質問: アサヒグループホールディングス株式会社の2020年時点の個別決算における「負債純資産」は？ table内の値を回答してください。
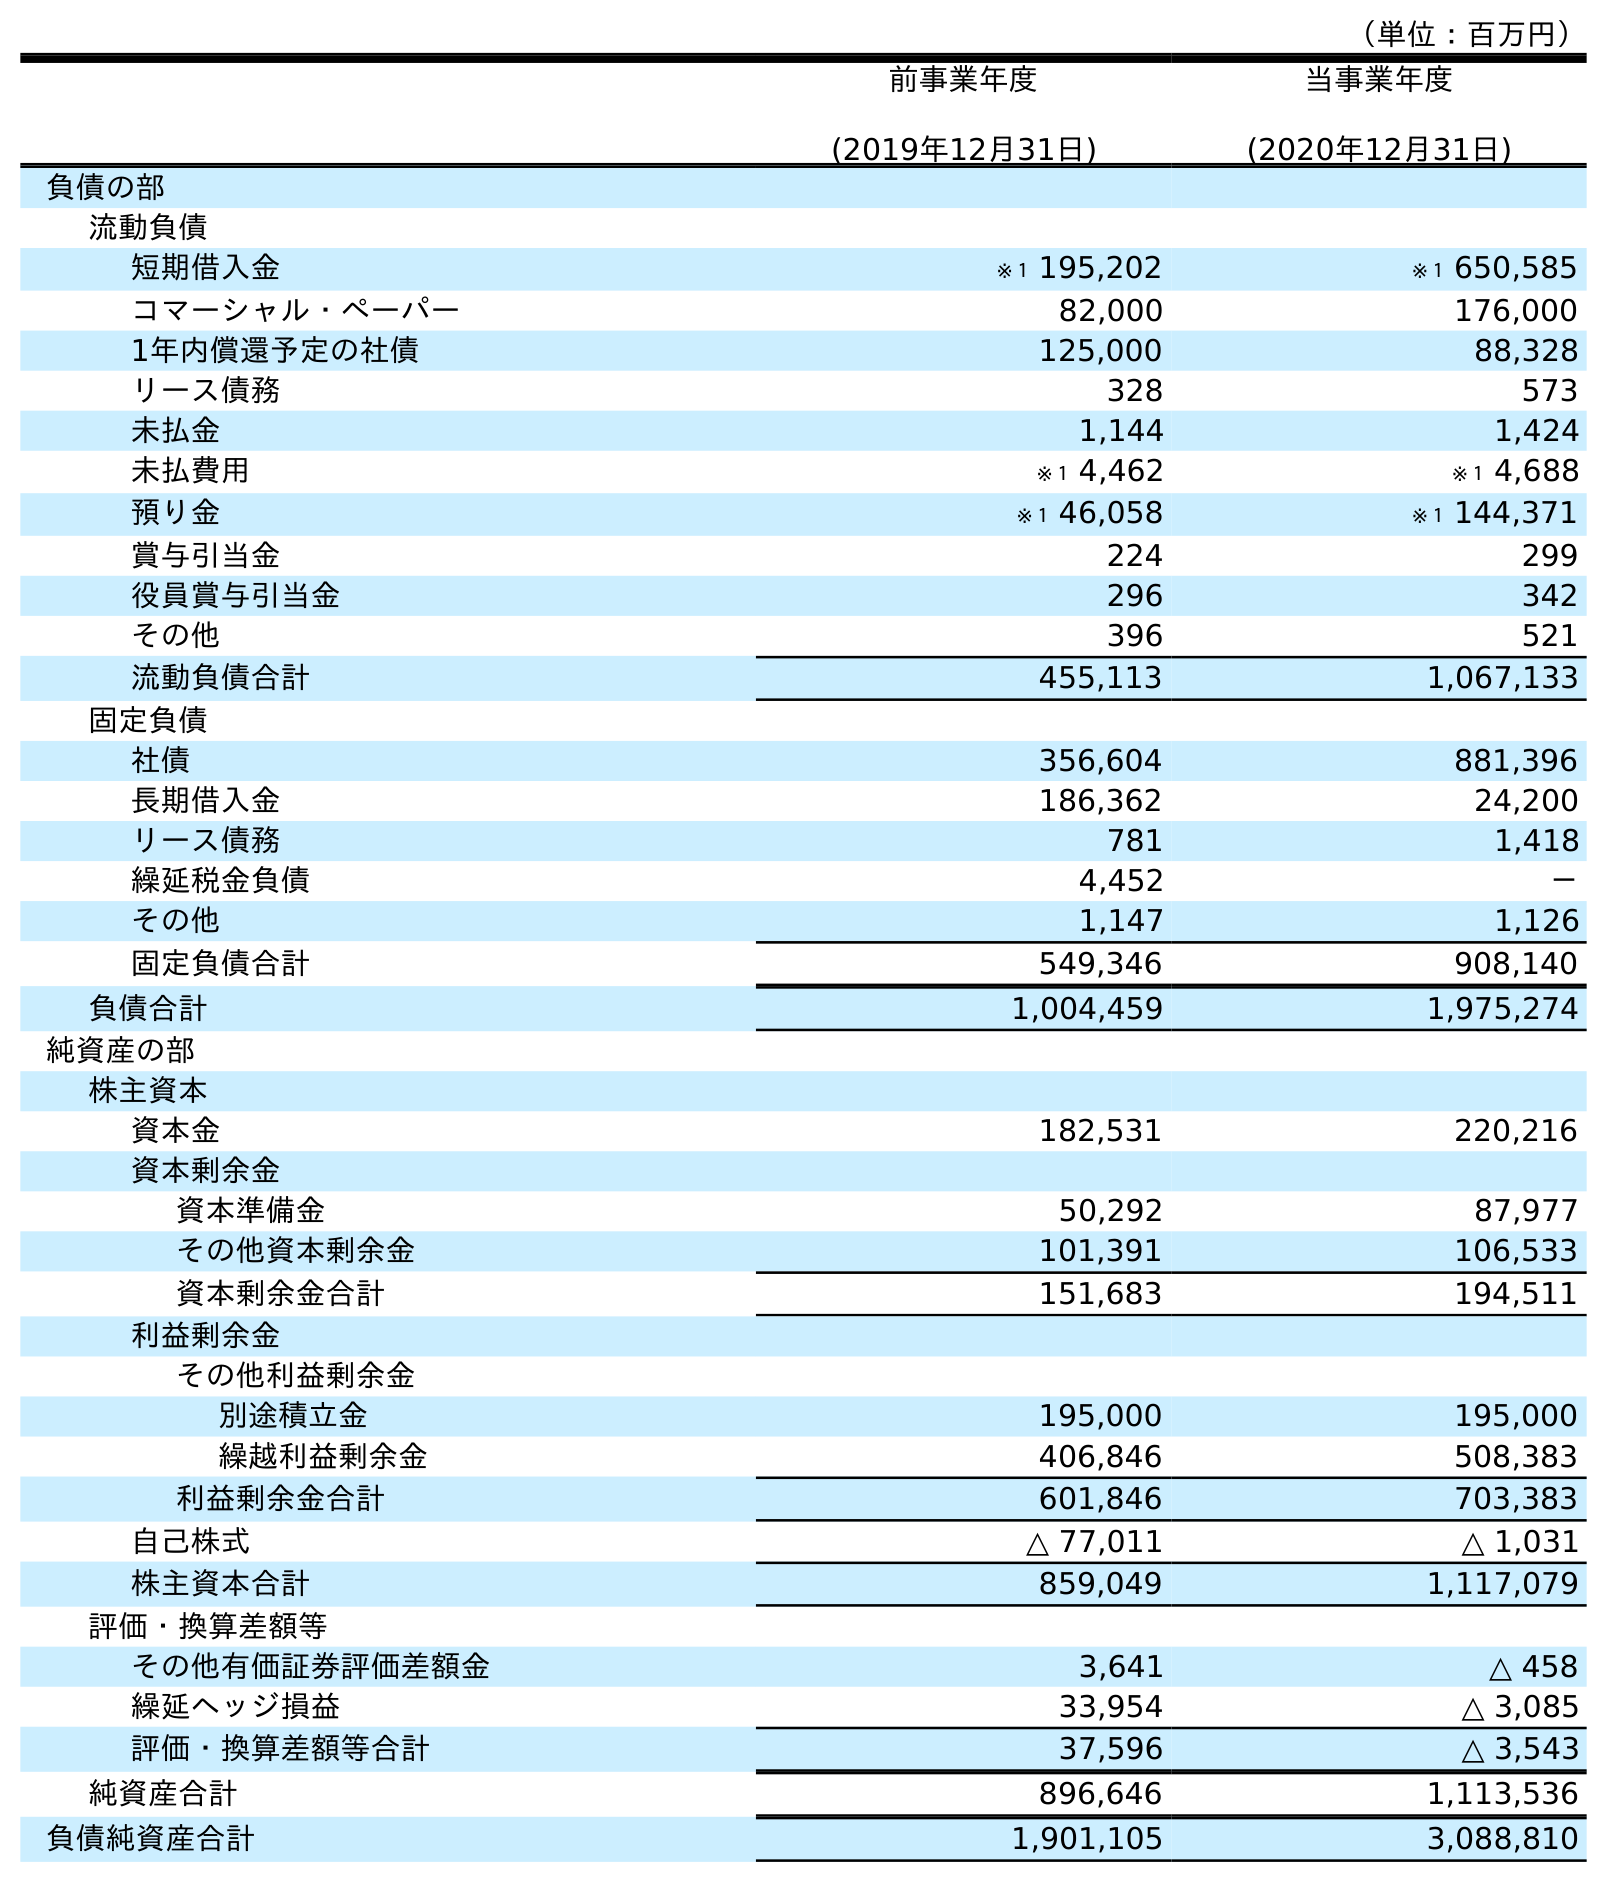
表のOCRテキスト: （単位：百万円） 前事業年度 (2019年12月31日) 当事業年度 (2020年12月31日) 負債の部 流動負債 短期借入金 ※１ 195,202 ※１ 650,585 コマーシャル・ペーパー 82,000 176,000 1年内償還予定の社債 125,000 88,328 リース債務 328 573 未払金 1,144 1,424 未払費用 ※１ 4,462 ※１ 4,688 預り金 ※１ 46,058 ※１ 144,371 賞与引当金 224 299 役員賞与引当金 296 342 その他 396 521 流動負債合計 455,113 1,067,133 固定負債 社債 356,604 881,396 長期借入金 186,362 24,200 リース債務 781 1,418 繰延税金負債 4,452 － その他 1,147 1,126 固定負債合計 549,346 908,140 負債合計 1,004,459 1,975,274 純資産の部 株主資本 資本金 182,531 220,216 資本剰余金 資本準備金 50,292 87,977 その他資本剰余金 101,391 106,533 資本剰余金合計 151,683 194,511 利益剰余金 その他利益剰余金 別途積立金 195,000 195,000 繰越利益剰余金 406,846 508,383 利益剰余金合計 601,846 703,383 自己株式 △ 77,011 △ 1,031 株主資本合計 859,049 1,117,079 評価・換算差額等 その他有価証券評価差額金 3,641 △ 458 繰延ヘッジ損益 33,954 △ 3,085 評価・換算差額等合計 37,596 △ 3,543 純資産合計 896,646 1,113,536 負債純資産合計 1,901,105 3,088,810
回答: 3,088,810